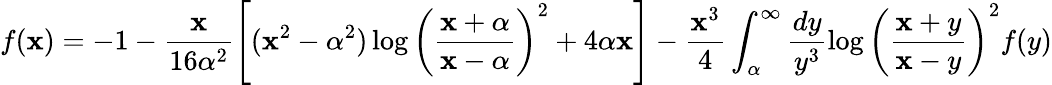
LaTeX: f(\mathbf{x})=-1-\frac{{\mathbf{x}}}{{16\alpha^{2}}}\left[(\mathbf{x}^{2}-\alpha^{2})\log\left(\frac{{\mathbf{x}+\alpha}}{{\mathbf{x}-\alpha}}\right)^{2}+4\alpha\mathbf{x}\right]-\frac{{\mathbf{x}^{3}}}{{4}}\int_{\alpha}^{\infty}\frac{{dy}}{{y^{3}}}\log\left(\frac{{\mathbf{x}+y}}{{\mathbf{x}-y}}\right)^{2}f(y)